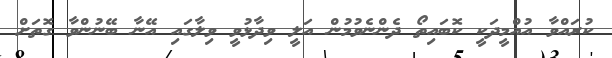
ކުރައްވާ އުއްމީދަކީ ކޮބައިތޯ ދެންނެވުމުން އަލީ ވިދާޅުވީ ވިލާގައި އޭނާ ބޭނުންވާ ގޮތަށް